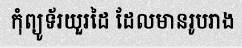
កុំព្យូទ័រយួរដៃ ដែលមានរូបរាង